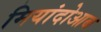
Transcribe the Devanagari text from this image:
मियांदोआब